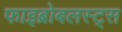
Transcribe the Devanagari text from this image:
फाइब्रोबलस्ट्स